Indian journal of veterinary science and animal husbandry - Volumes 15-17, 1948-1951
Year: 1948
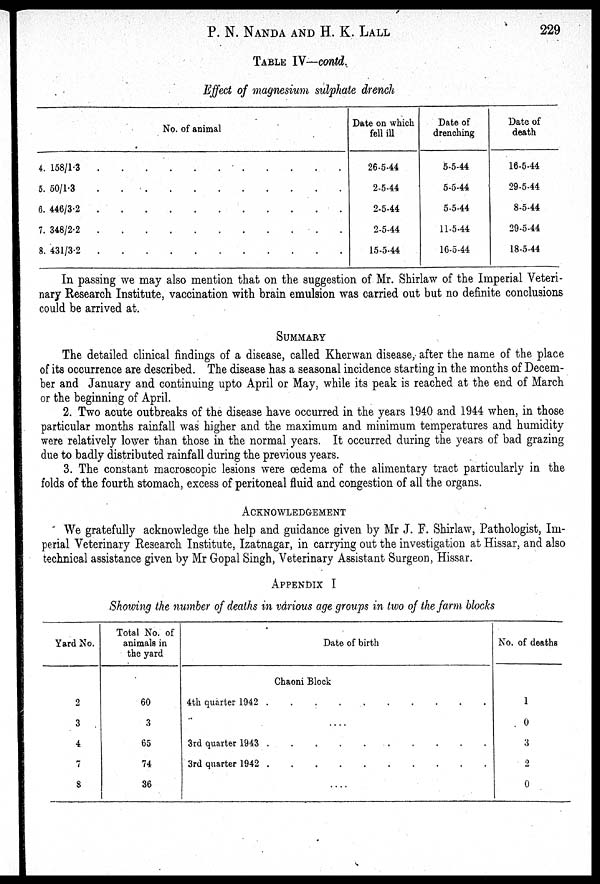
P. N. NANDA AND H. K. LALL 229
TABLE IV—contd.
Effect of magnesium sulphate drench
No. of animal
4. 158/1.3 . . . . . . . . . . .
5. 60/1.3 . . . . . . . . . . .
6. 446/3.2 . . . . . . . . . . .
7. 348/2.2 . . . . . . . . . . .
8. 431/3.2 . . . . . . . . . . .
Date on which
fell ill
26-5-44
2-5-44
2-5-44
2-5-44
15-5-44
Date of
drenching
5-5-44
5-5-44
5-5-44
11-5-44
16-5-44
Date of
death
16-5-44
29-5-44
8-5-44
29-5-44
18-5-44
In passing we may also mention that on the suggestion of Mr. Shirlaw of the Imperial Veteri-
nary Research Institute, vaccination with brain emulsion was carried out but no definite conclusions
could be arrived at.
SUMMARY
The detailed clinical findings of a disease, called Kherwan disease, after the name of the place
of its occurrence are described. The disease has a seasonal incidence starting in the months of Decem-
ber and January and continuing upto April or May, while its peak is reached at the end of March
or the beginning of April.
2. Two acute outbreaks of the disease have occurred in the years 1940 and 1944 when, in those
particular months rainfall was higher and the maximum and minimum temperatures and humidity
were relatively lower than those in the normal years. It occurred during the years of bad grazing
due to badly distributed rainfall during the previous years.
3. The constant macroscopic lesions were œdema of the alimentary tract particularly in the
folds of the fourth stomach, excess of peritoneal fluid and congestion of all the organs.
ACKNOWLEDGEMENT
We gratefully acknowledge the help and guidance given by Mr J. F. Shirlaw, Pathologist, Im-
perial Veterinary Research Institute, Izatnagar, in carrying out the investigation at Hissar, and also
technical assistance given by Mr Gopal Singh, Veterinary Assistant Surgeon, Hissar.
APPENDIX I
Showing the number of deaths in various age groups in two of the farm blocks
Yard No.
2
3
4
7
8
Total No. of
animals in
the yard
60
3
65
74
36
Date of birth
Chaoni Block
4th quarter 1942
.
.
.
.
.
.
.
.
.
.
....
3rd quarter 1943
.
.
.
.
.
.
.
.
.
.
3rd quarter 1942 .
.
.
.
.
.
.
.
.
....
No. of deaths
1
0
3
2
0